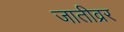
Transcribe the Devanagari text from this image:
जातीव्रर